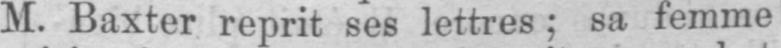
M. Baxter reprit ses lettres; sa femme